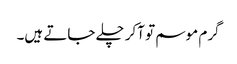
گرم موسم تو آکر چلے جاتے ہیں۔